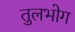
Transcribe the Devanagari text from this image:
तुलभोग